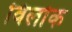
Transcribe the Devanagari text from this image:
विलोक